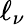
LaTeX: \ell_{\nu}